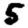
Digit: 5